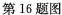
第16题图